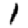
Digit: 1